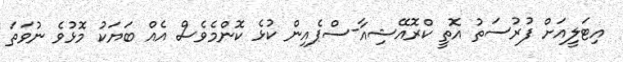
އިޓަލީއަށް ފުރުސަތު އޮތީ ކްރޮއޭޝިއާ-ސްޕެއިން ކުޅެ ކޮންމެވެސް އެއް ބަޔަކު މޮޅުވެ ނުވަތަ